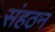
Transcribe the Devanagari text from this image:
संहठन